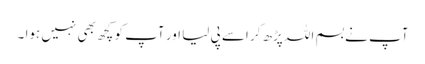
آپ نے بسم اللہ پڑھ کر اسے پی لیا اور آپ کو کچھ بھی نہیں ہوا ۔